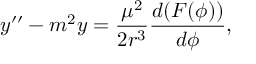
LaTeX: y ^ { \prime \prime } - m ^ { 2 } y = { \frac { \mu ^ { 2 } } { 2 r ^ { 3 } } } { \frac { d ( F ( \phi ) ) } { d \phi } } ,